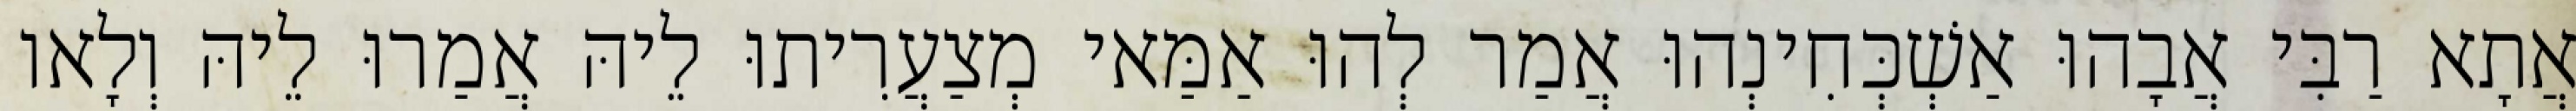
אֲתָא רַבִּי אֲבָהוּ אַשְׁכְּחִינְהוּ אֲמַר לְהוּ אַמַּאי מְצַעֲרִיתוּ לֵיהּ אֲמַרוּ לֵיהּ וְלָאו